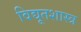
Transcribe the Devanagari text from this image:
विद्यूतशास्त्र